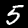
Label: 5